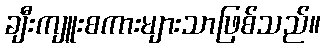
ချီးကျူးစကားများသာဖြစ်သည်။